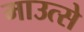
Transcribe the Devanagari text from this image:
माउत्से